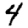
Digit: 4